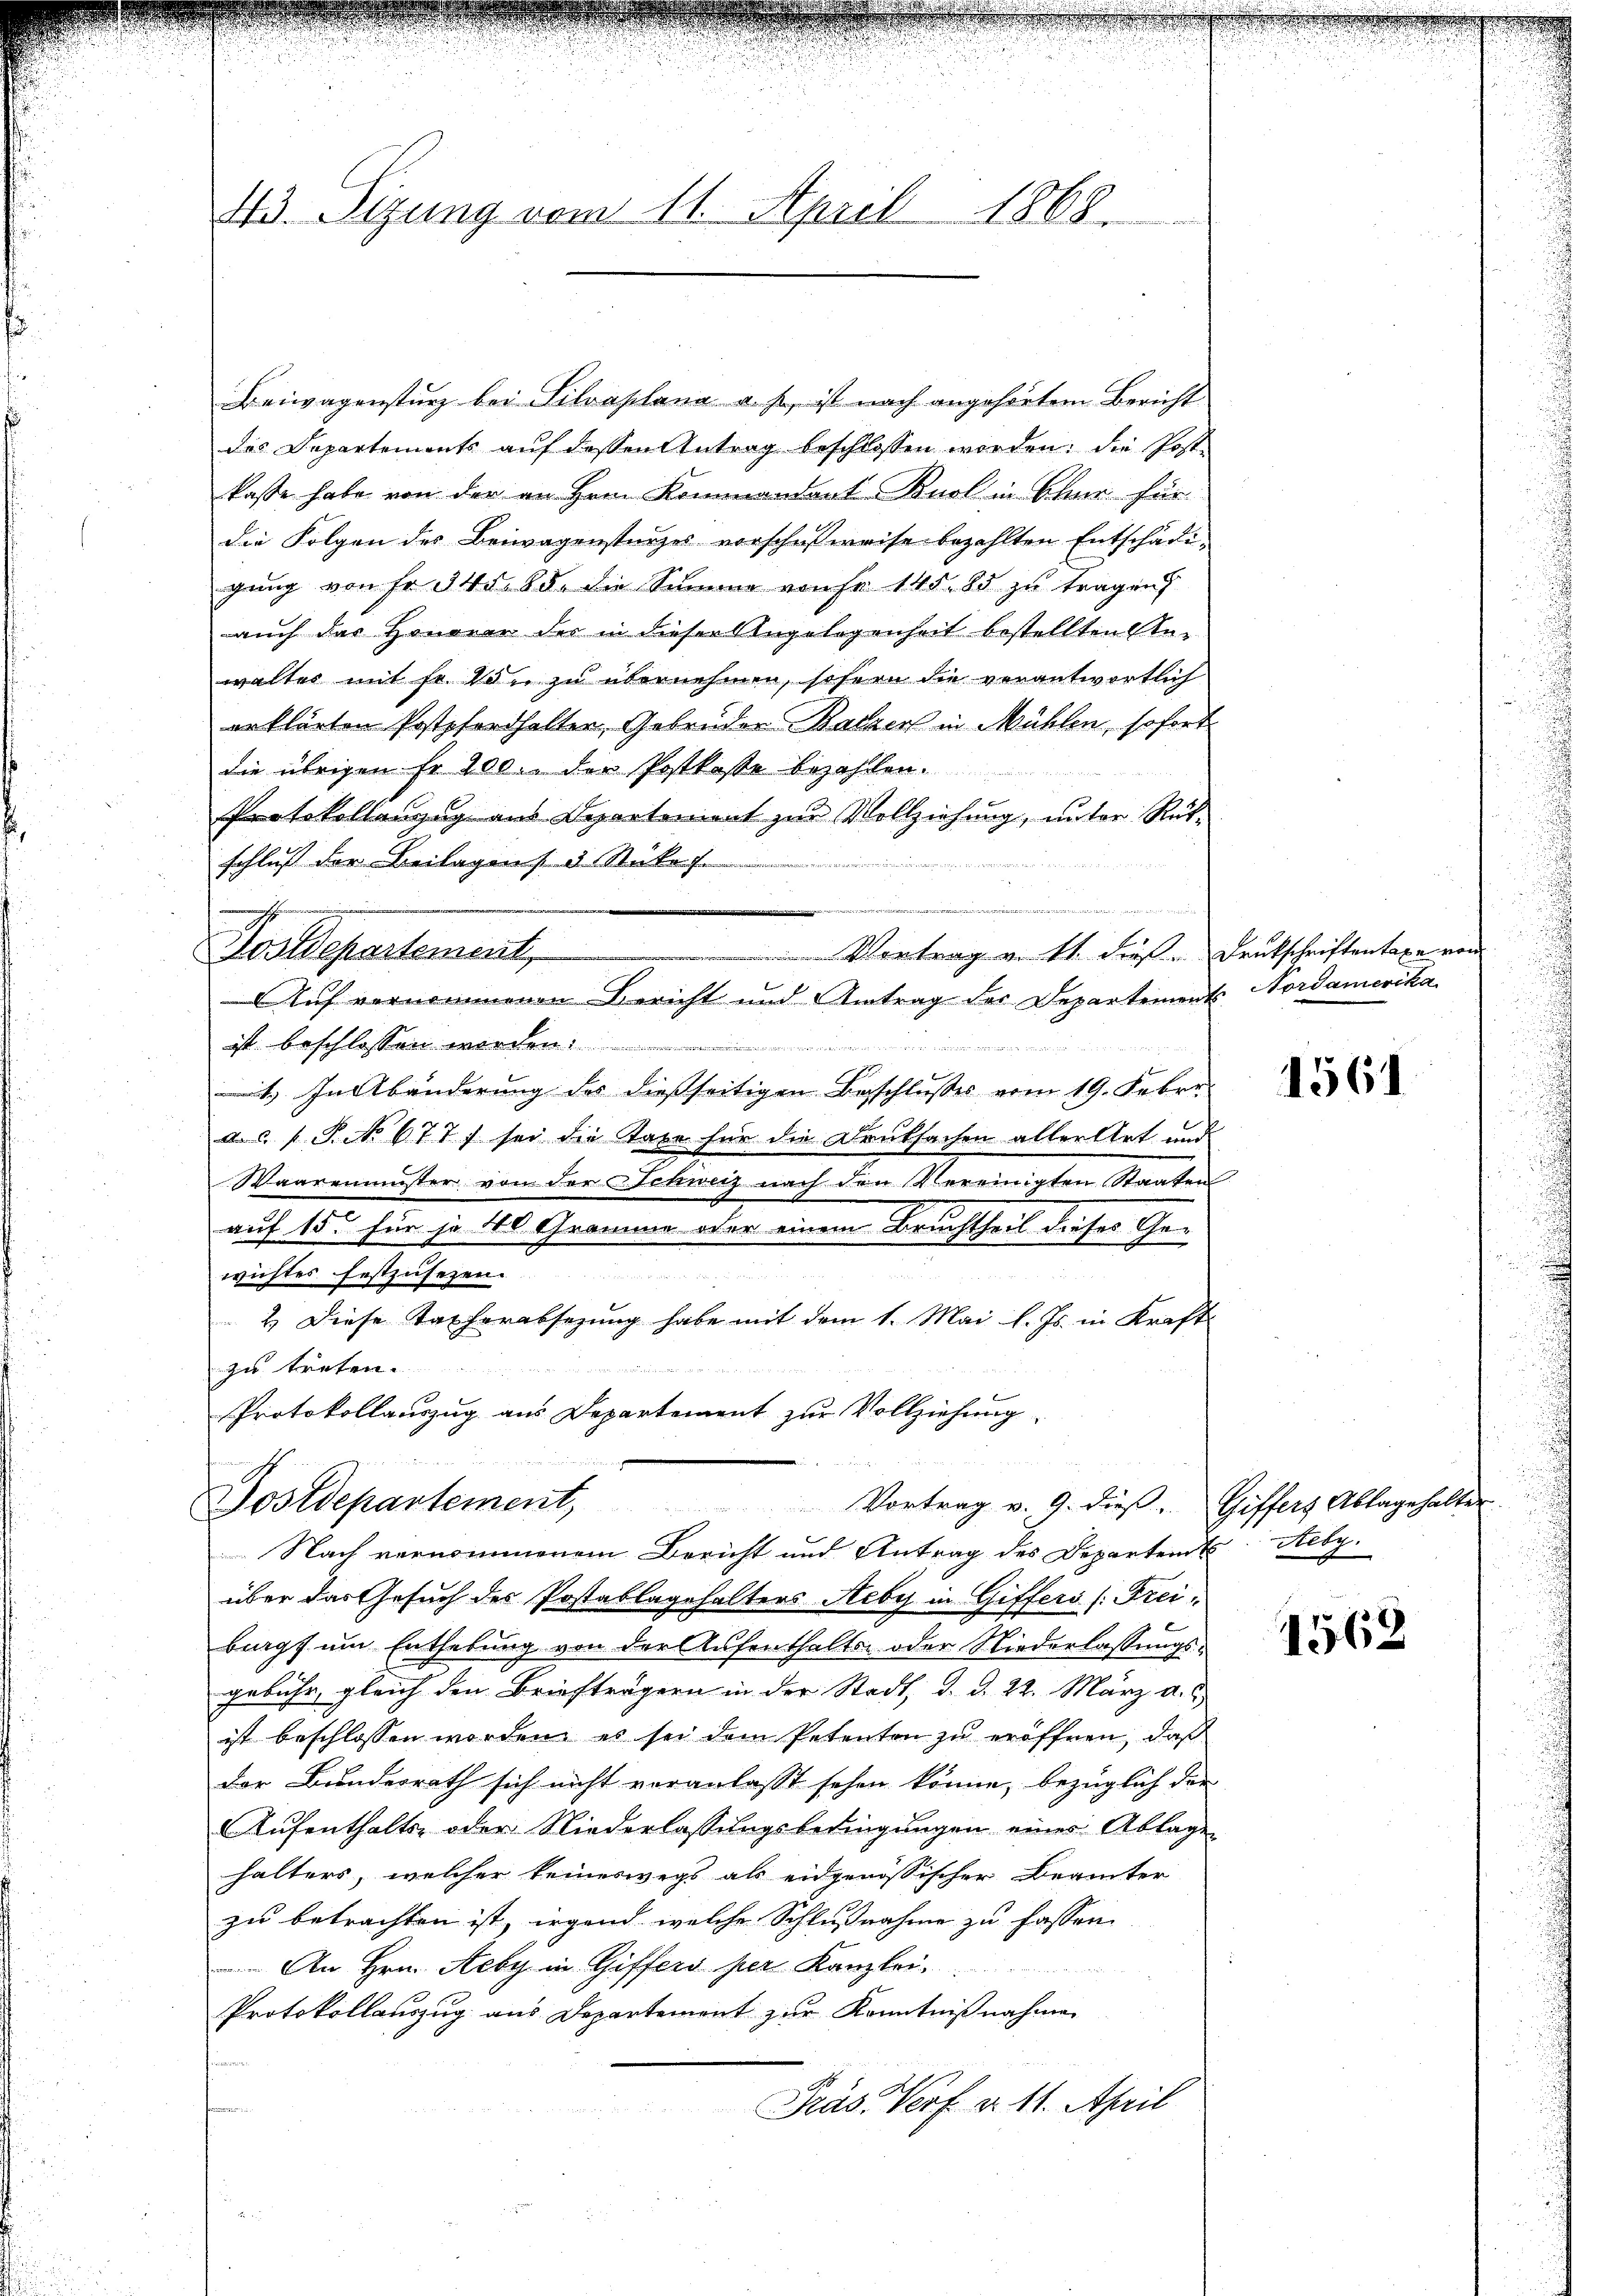
Beiwagensturz bei Silvaplana a. f., ist nach angehörtem Bericht
des Departements aŭf dessen Antrag beschlossen worden: die Post-
kasse habe von der an Hrn. Kommandant Knol in Ohne für
die Folgen des Beiwagenstürzes vorschußweise bezahlten Entschädigung von Fr. 345. 85. die Summe von Fr. 145. 85 zu tragen)
auch das Honorar des in dieser Angelegenheit bestellten Inwaltes mit Fr. Von zu übernehmen, sofern die vorantwortlich
erklärten Postpfarthalter, Gebrüder Batzen in Mühlen, sofort
die übrigen fr 200. der Postkasse bezahlen.
Protokollenzug aus Departement zur Vollziehung, unter Rükschluß der Beilagen d. Stüke f

n
Hoslepartement,
Vortrag v. Mt. diese
Auf vernommenen Bericht und Antrag der Departements Nordamerika
ist beschlossen worden.
t. In Abänderung des dießseitigen Beschlusses vom 19. Febr.
a. c. s. S. No 677. sei die Taxe für die Deutsachen aller Art und
Waaremmester von der Schweiz nach den Vereinigten Staaten
auf 15. für je 40 Gramme oder einem Bruchtheil dieses Ge-
wichtes festzusezen.
2. Diese Taxherabsetzung habe mit dem 1. Mai l. Js. in Kraft
zu treten.
n
Protokollauszug aus Departement zur Vollziehung,
.

43. Sizung vom 11. April 1868.

Nach vernommenem Bericht und Antrag des Departen Reby.
über das Gesuch des Postablagehalters Aeby in Giffers /: Freiburgs um Enthebung von der Aufenthalts- oder Niederlassungsgebühr, gleich den Briefträgern in der Stadt, d. d. 22. März a.
ist beschlossen worden, es sei dem Petenten zu eröffnen, daß
der Bundesrath sich nicht veranlasst sehen könne, bezüglich der
Aufenthalts- oder Niederlassungsbedingungen eines Ablagen
halters, welcher keineswegs als eidgenössischer Brämter
zu betrachten ist, irgend welche Schlußnahme zu fassen.
An Hrn. Aeby in Giffers per Kanzlei
Protokollauszug aus Departement zur Kenntnißnahme
Präs. Verf. § 11. April
e

Postdepartement, Vortrag v. 9. dieβ. Giffers Ablagehalter

Deutschriften taxe vom

1561

1562